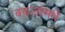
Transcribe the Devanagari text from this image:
बदलांमधे